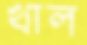
খাল